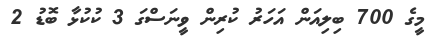
މީގެ 700 ބިލިއަން އަހަރު ކުރިން ވީނަސްގަ 3 ކުކުޅާ ބޮޑު 2